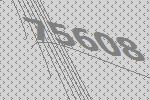
75608